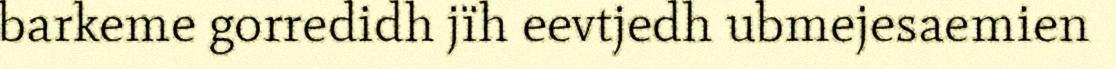
barkeme gorredidh jïh eevtjedh ubmejesaemien